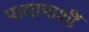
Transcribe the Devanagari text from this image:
पायापाशीं